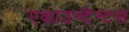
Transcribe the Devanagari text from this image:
एकाउन्टेन्टस